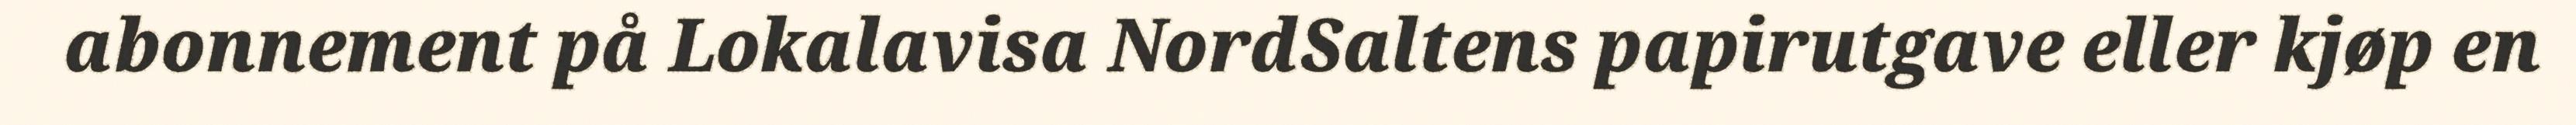
abonnement på Lokalavisa NordSaltens papirutgave eller kjøp en